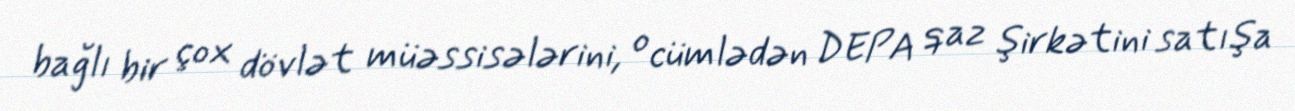
bağlı bir çox dövlət müəssisələrini, o cümlədən DEPA qaz şirkətini satışa